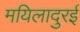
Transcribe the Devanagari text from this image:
मयिलादुरई